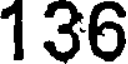
136